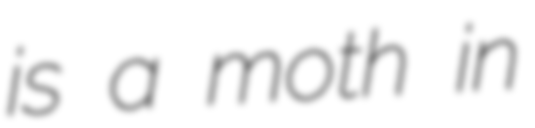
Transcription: is a moth in